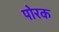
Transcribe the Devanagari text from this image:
पोरक